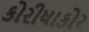
કોરીધાકોર